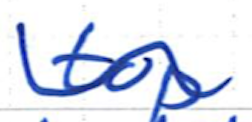
Text: top
Cross-out: mix
Writing tool: ballpoint